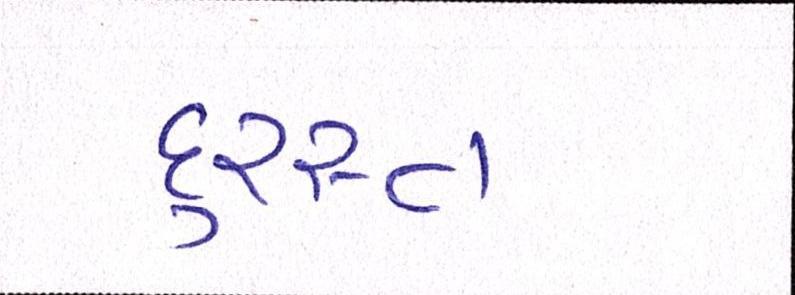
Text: દુરસ્ત